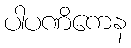
ပါပဏိကေန